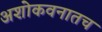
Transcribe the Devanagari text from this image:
अशोकवनातच